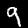
Digit: 9